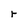
Character: r